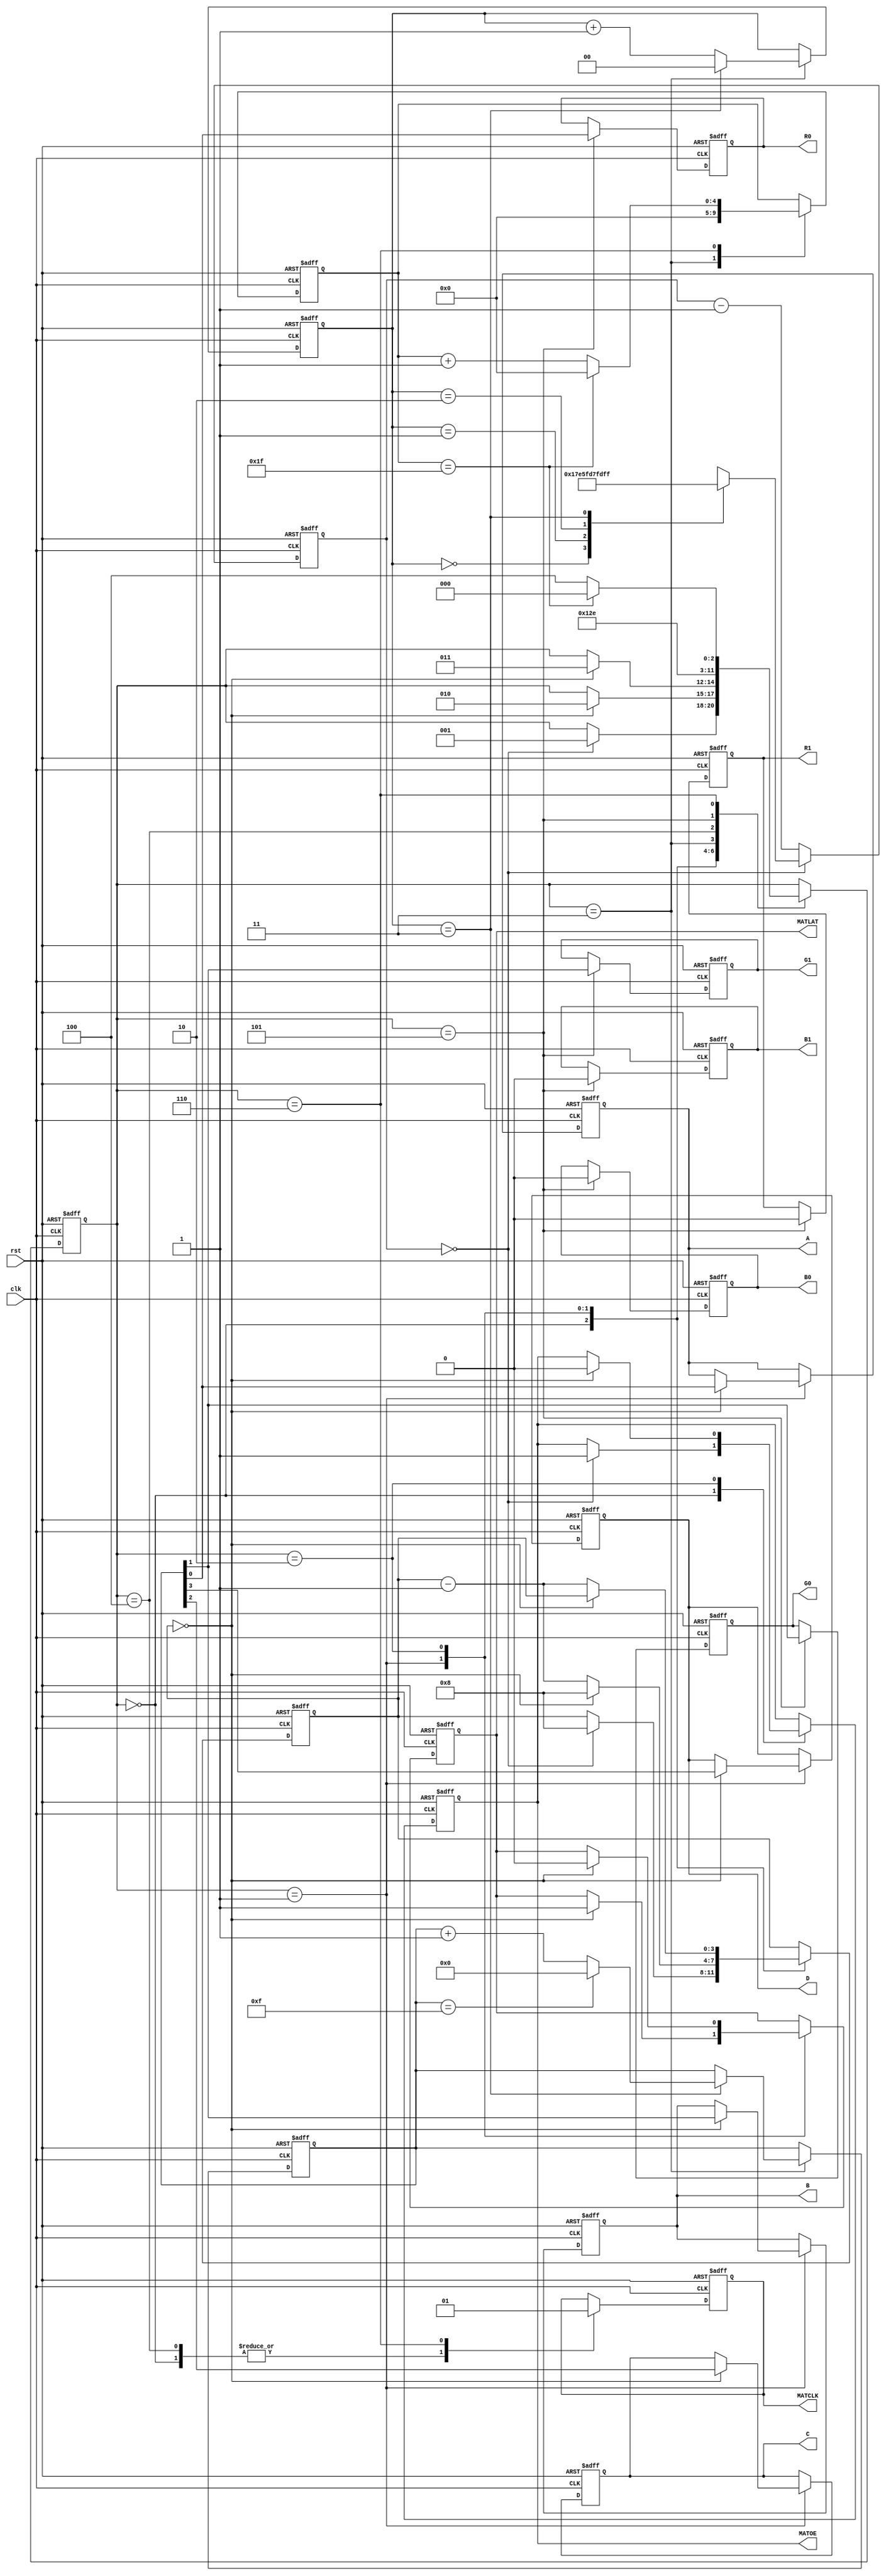
module rgbmatrix (
    input clk,
    input rst,
    output reg R0,
	 output reg G0,
	 output reg B0,
    output reg R1,
	 output reg G1,
	 output reg B1,
	 output reg A,
	 output reg B,
	 output reg C,
	 output reg D,
	 output reg MATCLK,
	 output reg MATLAT,
	 output reg MATOE
);

localparam WAIT = 0,
		   BLANK = 1,
		   LATCH = 2,
		   UNBLANK = 3,
		   READ = 4,
		   SHIFT1 = 5,
		   SHIFT2 = 6;

reg [2:0] state;

reg [10:0] timer;
reg [3:0] delay;
reg [3:0] rd_row;
reg [1:0] rd_bit;
reg [4:0] rd_col;

always @ (posedge clk or posedge rst)
begin
	if (rst)
	begin
		R0 <= 0;
		G0 <= 0;
		B0 <= 0;
		R1 <= 0;
		G1 <= 0;
		B1 <= 0;
		A <= 0;
		B <= 0;
		C <= 0;
		D <= 0;
		MATCLK <= 0;
		MATLAT <= 0;
		MATOE <= 1;
		
		state <= READ;

		timer <= 0;
		delay <= 0;

		rd_row <= 0;
		rd_bit <= 0;
		rd_col <= 0;
	end
	else
	begin
		// implemnt timer for binary coded modulation
		// bit plane 0 is displayed for ~192 clock cycles
		// each succesfive bit plane is displayed for 2x the clocks of the previous bit plane
		if (timer == 0)
		begin
			case (rd_bit)
				0: timer <= 191;
				1: timer <= 383;
				2: timer <= 767;
				3: timer <= 1535;
			endcase
		end
		else
		begin
			timer <= timer - 1;
		end

		// state machine
		case (state)

			// wait for timer to expire then blank the display
			WAIT: begin
				MATCLK <= 0;
				if (timer == 0)
				begin
					MATOE <= 1;
					delay <= 8;
					state <= BLANK;
				end
			end

			// wait a while then latch in data previosly shifted into display
			BLANK: begin
				if (delay == 0)
				begin
					MATLAT <= 1;
					delay <= 8;
					state <= LATCH;
					A <= rd_row[0];
					B <= rd_row[1];
					C <= rd_row[2];
					D <= rd_row[3];
				end
				else
				begin
					delay <= delay - 1;
				end
			end

			// wait a while then unblank the display to display the latched data
			LATCH: begin
				if (delay == 0)
				begin
					MATOE <= 0;
					MATLAT <= 0;
					state <= UNBLANK;
				end
				else
				begin
					delay <= delay - 1;
				end
			end

			// find the next bit, row, column, and buffer to display
			// this is converted to a read address using combinatorial logic above
			UNBLANK: begin
				if (rd_bit == 3)
				begin
					rd_bit <= 0;
					if (rd_row == 15)
					begin
						rd_row <= 0;
					end
					else
					begin
						rd_row <= rd_row + 1;
					end
				end
				else
				begin
					rd_bit <= rd_bit + 1;
				end
				rd_col <= 0;
				state <= READ;
			end
			
			// the read, shift1, and shift2 states could be reduced to two states
			// if I knew which edge of sclk latched the data into the shift registers
			// this is good enough for one panel but for more than about four panels
			// it'd be worth reducing to two clocks instead of three clocks.

			// wait for read data to be output from RAM
			READ: begin
				state <= SHIFT1;
				MATCLK <= 0;
			end

			// drive the column data out the outputs
			SHIFT1: begin
				R0 <= rd_row[0];
				G0 <= rd_row[1];
				B0 <= 0;
				R1 <= 0;
				G1 <= rd_row[1];
				B1 <= 0;
				state <= SHIFT2;
			end

			// clock the data into the RAM, move to next column, repeat 32x
			SHIFT2: begin
				MATCLK <= 1;
				if (rd_col == 31)
				begin
					rd_col <= 0;
					state <= WAIT;
				end
				else
				begin
					rd_col <= rd_col + 1;
					state <= READ;
				end
			end

		endcase
	end
end
endmodule